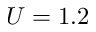
U = 1 . 2